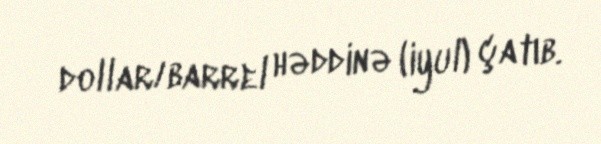
dollar/barrel həddinə (iyul) çatıb.